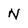
Character: N